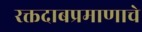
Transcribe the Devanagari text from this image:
रक्तदाबप्रमाणाचे